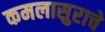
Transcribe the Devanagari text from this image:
कमलासुराचे